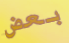
بعض